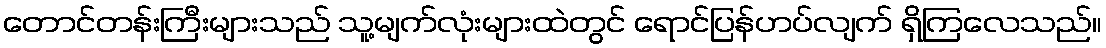
တောင်တန်းကြီးများသည် သူ့မျက်လုံးများထဲတွင် ရောင်ပြန်ဟပ်လျက် ရှိကြလေသည်။